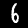
Label: 6